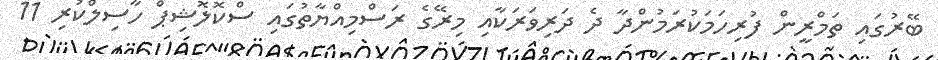
ބޭރުގައި ތަމްރީން ފުރިހަމަކުރަމުންދާ ދެ ދަރިވަރަކާއި މިރޭގެ ރަސްމިއްޔާތުގައި ސްކޮލޮޝިޕް ހާސިލްކުރި 11